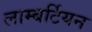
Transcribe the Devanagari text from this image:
लाम्बर्टियन